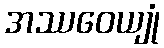
အဿဝေယျုံ